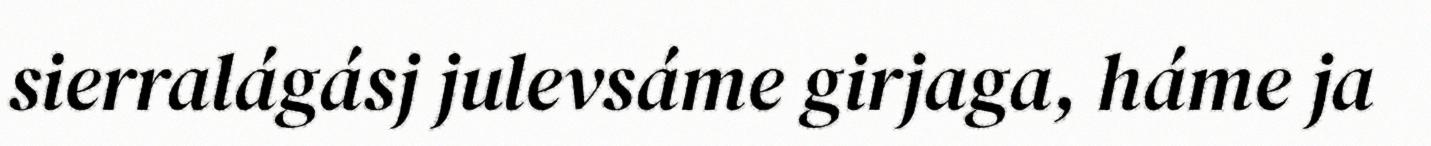
sierralágásj julevsáme girjaga, háme ja